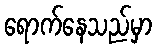
ရောက်နေသည်မှာ